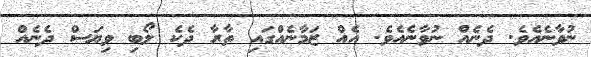
ނުވާނެއެވެ. ދެނެއް ނުވާނެއެވެ. އެއް ޒަމާނެއްގައި ތާރާ ދެކެ ލޯބި ވިޔަސް ދެނެއް